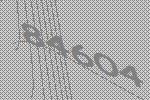
84604